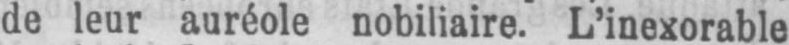
de leur auréole nobiliaire. L’inexorable